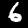
Label: 6